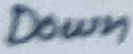
Text: Down